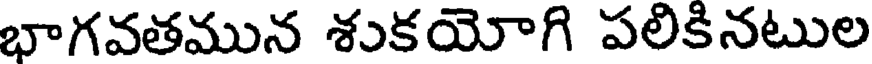
భాగవతమున శుకయోగి పలికినటుల